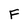
Character: F